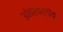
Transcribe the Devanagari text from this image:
आंतरवर्गीय